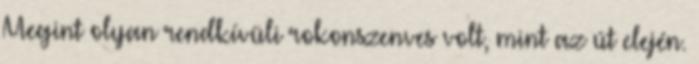
Megint olyan rendkívüli rokonszenves volt, mint az út elején.